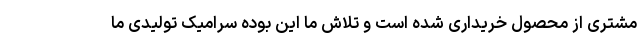
مشتری از محصول خریداری شده است و تلاش ما این بوده سرامیک تولیدی ما